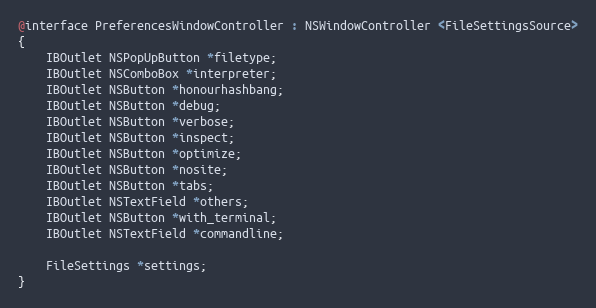
Language: C
@interface PreferencesWindowController : NSWindowController <FileSettingsSource>
{
    IBOutlet NSPopUpButton *filetype;
    IBOutlet NSComboBox *interpreter;
    IBOutlet NSButton *honourhashbang;
    IBOutlet NSButton *debug;
    IBOutlet NSButton *verbose;
    IBOutlet NSButton *inspect;
    IBOutlet NSButton *optimize;
    IBOutlet NSButton *nosite;
    IBOutlet NSButton *tabs;
    IBOutlet NSTextField *others;
    IBOutlet NSButton *with_terminal;
    IBOutlet NSTextField *commandline;

    FileSettings *settings;
}